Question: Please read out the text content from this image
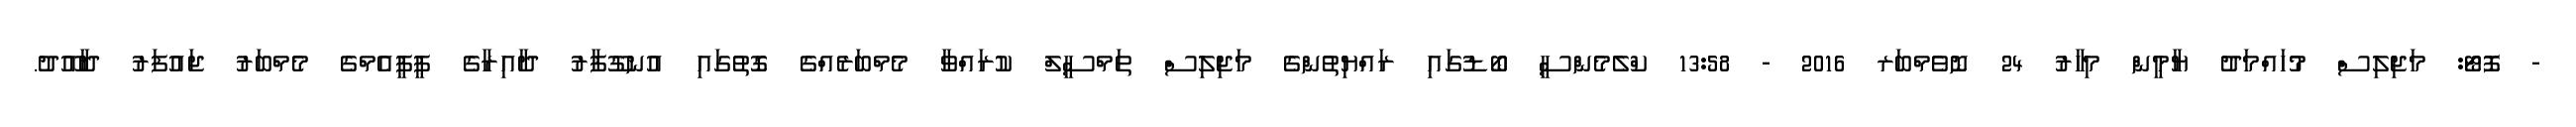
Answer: - ފޮޓޯ: މަޖިލިސް މުހައްމަދު ޔާމީން މިހާރު 24 ނޮވެމްބަރ 2016 - 13:58 ކްލެމެންސީ ބޯޑުގައި ރައްޔިތުންގެ މަޖިލިސް ތަމްސީލް ކުރައްވާ މެމްބަރެއްގެ ގޮތުގައި އުނގޫފާރު ދާއިރާގެ ޕީޕީއެމްގެ މެމްބަރު ޖައުފަރު ދާއޫދު.